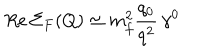
R e \, \Sigma _ { F } ( Q ) \simeq m _ { f } ^ { 2 } \frac { q _ { 0 } } { q ^ { 2 } } \, \gamma ^ { 0 }